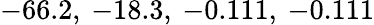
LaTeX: -66.2,\: -18.3,\: -0.111,\: -0.111